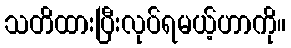
သတိထားပြီးလုပ်ရမယ့်ဟာကို။